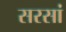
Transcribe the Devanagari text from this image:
सरसां